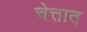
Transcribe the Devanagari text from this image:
चेत्तात